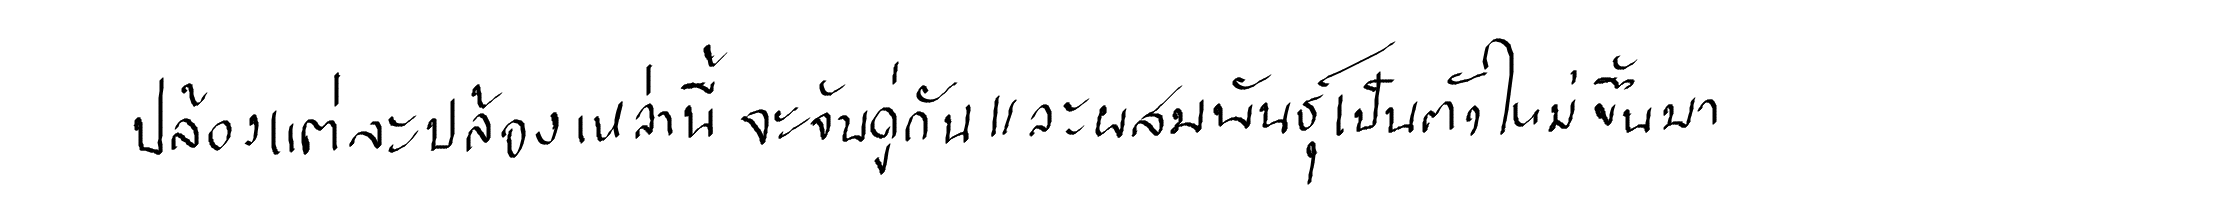
ปล้องแต่ละปล้องเหล่านี้จะจับคู่กันและผสมพันธุ์เป็นตัวใหม่ขึ้นมา